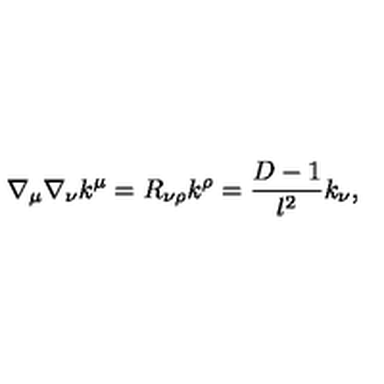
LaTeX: \nabla _ { \mu } \nabla _ { \nu } k ^ { \mu } = R _ { \nu \rho } k ^ { \rho } = \frac { D - 1 } { l ^ { 2 } } k _ { \nu } ,